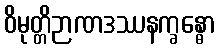
ဝိမုတ္တိဉာဏဒဿနက္ခန္ဓော